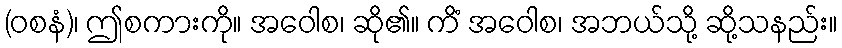
(ဝစနံ)၊ ဤစကားကို။ အဝေါစ၊ ဆို၏။ ကိံ အဝေါစ၊ အဘယ်သို့ ဆို့သနည်း။